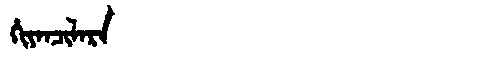
Manchu: ᡥᡳᠶᠠᠨᠴᡳᠯᠠᡵᠠ
Romanization: HIYANCILARA